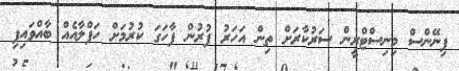
ފިނޭންސް މިނިސްޓްރީން ސަރުކާރަށް ތިން އަހަރު ފުރުން ފާހަގަ ކުރުމަށް ހަފްލާއެއް ބާއްވައިފި